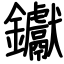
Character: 钀